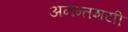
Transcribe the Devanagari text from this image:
अनन्तशयी